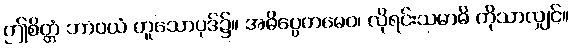
ဤစိတ္တံ ဘာဝယံ ဟူသောပုဒ်၌။ အဓိပ္ပေတမေဝ၊ လိုရင်းသမာဓိ ကိုသာလျှင်။